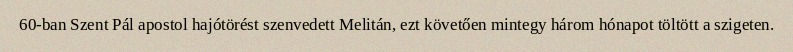
60-ban Szent Pál apostol hajótörést szenvedett Melitán, ezt követően mintegy három hónapot töltött a szigeten.